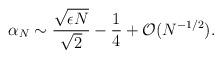
LaTeX: \begin{align*}\alpha_N \sim \frac{ \sqrt{\epsilon N}}{ \sqrt{2}} -\frac{1}{4} +{\cal O} (N^{-1/2}).\end{align*}